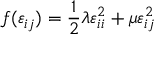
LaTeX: f ( \varepsilon _ { i j } ) = { \frac { 1 } { 2 } } \lambda \varepsilon _ { i i } ^ { 2 } + \mu \varepsilon _ { i j } ^ { 2 }